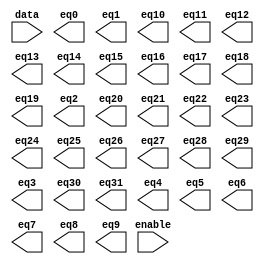
// megafunction wizard: %LPM_DECODE%VBB%
// GENERATION: STANDARD
// VERSION: WM1.0
// MODULE: LPM_DECODE 

// ============================================================
// Megafunction Name(s):
// 			LPM_DECODE
//
// Simulation Library Files(s):
// 			lpm
// ============================================================
// ************************************************************
// THIS IS A WIZARD-GENERATED FILE. DO NOT EDIT THIS FILE!
//
// 13.0.1 Build 232 06/12/2013 SP 1 SJ Web Edition
// ************************************************************

//Copyright (C) 1991-2013 Altera Corporation
//Your use of Altera Corporation's design tools, logic functions 
//and other software and tools, and its AMPP partner logic 
//functions, and any output files from any of the foregoing 
//(including device programming or simulation files), and any 
//associated documentation or information are expressly subject 
//to the terms and conditions of the Altera Program License 
//Subscription Agreement, Altera MegaCore Function License 
//Agreement, or other applicable license agreement, including, 
//without limitation, that your use is for the sole purpose of 
//programming logic devices manufactured by Altera and sold by 
//Altera or its authorized distributors.  Please refer to the 
//applicable agreement for further details.

module lpm_decode1 (
	data,
	enable,
	eq0,
	eq1,
	eq10,
	eq11,
	eq12,
	eq13,
	eq14,
	eq15,
	eq16,
	eq17,
	eq18,
	eq19,
	eq2,
	eq20,
	eq21,
	eq22,
	eq23,
	eq24,
	eq25,
	eq26,
	eq27,
	eq28,
	eq29,
	eq3,
	eq30,
	eq31,
	eq4,
	eq5,
	eq6,
	eq7,
	eq8,
	eq9);

	input	[4:0]  data;
	input	  enable;
	output	  eq0;
	output	  eq1;
	output	  eq10;
	output	  eq11;
	output	  eq12;
	output	  eq13;
	output	  eq14;
	output	  eq15;
	output	  eq16;
	output	  eq17;
	output	  eq18;
	output	  eq19;
	output	  eq2;
	output	  eq20;
	output	  eq21;
	output	  eq22;
	output	  eq23;
	output	  eq24;
	output	  eq25;
	output	  eq26;
	output	  eq27;
	output	  eq28;
	output	  eq29;
	output	  eq3;
	output	  eq30;
	output	  eq31;
	output	  eq4;
	output	  eq5;
	output	  eq6;
	output	  eq7;
	output	  eq8;
	output	  eq9;

endmodule

// ============================================================
// CNX file retrieval info
// ============================================================
// Retrieval info: PRIVATE: BaseDec NUMERIC "1"
// Retrieval info: PRIVATE: EnableInput NUMERIC "1"
// Retrieval info: PRIVATE: INTENDED_DEVICE_FAMILY STRING "Cyclone II"
// Retrieval info: PRIVATE: LPM_PIPELINE NUMERIC "0"
// Retrieval info: PRIVATE: Latency NUMERIC "0"
// Retrieval info: PRIVATE: SYNTH_WRAPPER_GEN_POSTFIX STRING "0"
// Retrieval info: PRIVATE: aclr NUMERIC "0"
// Retrieval info: PRIVATE: clken NUMERIC "0"
// Retrieval info: PRIVATE: eq0 NUMERIC "1"
// Retrieval info: PRIVATE: eq1 NUMERIC "1"
// Retrieval info: PRIVATE: eq10 NUMERIC "1"
// Retrieval info: PRIVATE: eq11 NUMERIC "1"
// Retrieval info: PRIVATE: eq12 NUMERIC "1"
// Retrieval info: PRIVATE: eq13 NUMERIC "1"
// Retrieval info: PRIVATE: eq14 NUMERIC "1"
// Retrieval info: PRIVATE: eq15 NUMERIC "1"
// Retrieval info: PRIVATE: eq16 NUMERIC "1"
// Retrieval info: PRIVATE: eq17 NUMERIC "1"
// Retrieval info: PRIVATE: eq18 NUMERIC "1"
// Retrieval info: PRIVATE: eq19 NUMERIC "1"
// Retrieval info: PRIVATE: eq2 NUMERIC "1"
// Retrieval info: PRIVATE: eq20 NUMERIC "1"
// Retrieval info: PRIVATE: eq21 NUMERIC "1"
// Retrieval info: PRIVATE: eq22 NUMERIC "1"
// Retrieval info: PRIVATE: eq23 NUMERIC "1"
// Retrieval info: PRIVATE: eq24 NUMERIC "1"
// Retrieval info: PRIVATE: eq25 NUMERIC "1"
// Retrieval info: PRIVATE: eq26 NUMERIC "1"
// Retrieval info: PRIVATE: eq27 NUMERIC "1"
// Retrieval info: PRIVATE: eq28 NUMERIC "1"
// Retrieval info: PRIVATE: eq29 NUMERIC "1"
// Retrieval info: PRIVATE: eq3 NUMERIC "1"
// Retrieval info: PRIVATE: eq30 NUMERIC "1"
// Retrieval info: PRIVATE: eq31 NUMERIC "1"
// Retrieval info: PRIVATE: eq4 NUMERIC "1"
// Retrieval info: PRIVATE: eq5 NUMERIC "1"
// Retrieval info: PRIVATE: eq6 NUMERIC "1"
// Retrieval info: PRIVATE: eq7 NUMERIC "1"
// Retrieval info: PRIVATE: eq8 NUMERIC "1"
// Retrieval info: PRIVATE: eq9 NUMERIC "1"
// Retrieval info: PRIVATE: nBit NUMERIC "5"
// Retrieval info: PRIVATE: new_diagram STRING "1"
// Retrieval info: LIBRARY: lpm lpm.lpm_components.all
// Retrieval info: CONSTANT: LPM_DECODES NUMERIC "32"
// Retrieval info: CONSTANT: LPM_TYPE STRING "LPM_DECODE"
// Retrieval info: CONSTANT: LPM_WIDTH NUMERIC "5"
// Retrieval info: USED_PORT: @eq 0 0 32 0 OUTPUT NODEFVAL "@eq[31..0]"
// Retrieval info: USED_PORT: data 0 0 5 0 INPUT NODEFVAL "data[4..0]"
// Retrieval info: USED_PORT: enable 0 0 0 0 INPUT NODEFVAL "enable"
// Retrieval info: USED_PORT: eq0 0 0 0 0 OUTPUT NODEFVAL "eq0"
// Retrieval info: USED_PORT: eq1 0 0 0 0 OUTPUT NODEFVAL "eq1"
// Retrieval info: USED_PORT: eq10 0 0 0 0 OUTPUT NODEFVAL "eq10"
// Retrieval info: USED_PORT: eq11 0 0 0 0 OUTPUT NODEFVAL "eq11"
// Retrieval info: USED_PORT: eq12 0 0 0 0 OUTPUT NODEFVAL "eq12"
// Retrieval info: USED_PORT: eq13 0 0 0 0 OUTPUT NODEFVAL "eq13"
// Retrieval info: USED_PORT: eq14 0 0 0 0 OUTPUT NODEFVAL "eq14"
// Retrieval info: USED_PORT: eq15 0 0 0 0 OUTPUT NODEFVAL "eq15"
// Retrieval info: USED_PORT: eq16 0 0 0 0 OUTPUT NODEFVAL "eq16"
// Retrieval info: USED_PORT: eq17 0 0 0 0 OUTPUT NODEFVAL "eq17"
// Retrieval info: USED_PORT: eq18 0 0 0 0 OUTPUT NODEFVAL "eq18"
// Retrieval info: USED_PORT: eq19 0 0 0 0 OUTPUT NODEFVAL "eq19"
// Retrieval info: USED_PORT: eq2 0 0 0 0 OUTPUT NODEFVAL "eq2"
// Retrieval info: USED_PORT: eq20 0 0 0 0 OUTPUT NODEFVAL "eq20"
// Retrieval info: USED_PORT: eq21 0 0 0 0 OUTPUT NODEFVAL "eq21"
// Retrieval info: USED_PORT: eq22 0 0 0 0 OUTPUT NODEFVAL "eq22"
// Retrieval info: USED_PORT: eq23 0 0 0 0 OUTPUT NODEFVAL "eq23"
// Retrieval info: USED_PORT: eq24 0 0 0 0 OUTPUT NODEFVAL "eq24"
// Retrieval info: USED_PORT: eq25 0 0 0 0 OUTPUT NODEFVAL "eq25"
// Retrieval info: USED_PORT: eq26 0 0 0 0 OUTPUT NODEFVAL "eq26"
// Retrieval info: USED_PORT: eq27 0 0 0 0 OUTPUT NODEFVAL "eq27"
// Retrieval info: USED_PORT: eq28 0 0 0 0 OUTPUT NODEFVAL "eq28"
// Retrieval info: USED_PORT: eq29 0 0 0 0 OUTPUT NODEFVAL "eq29"
// Retrieval info: USED_PORT: eq3 0 0 0 0 OUTPUT NODEFVAL "eq3"
// Retrieval info: USED_PORT: eq30 0 0 0 0 OUTPUT NODEFVAL "eq30"
// Retrieval info: USED_PORT: eq31 0 0 0 0 OUTPUT NODEFVAL "eq31"
// Retrieval info: USED_PORT: eq4 0 0 0 0 OUTPUT NODEFVAL "eq4"
// Retrieval info: USED_PORT: eq5 0 0 0 0 OUTPUT NODEFVAL "eq5"
// Retrieval info: USED_PORT: eq6 0 0 0 0 OUTPUT NODEFVAL "eq6"
// Retrieval info: USED_PORT: eq7 0 0 0 0 OUTPUT NODEFVAL "eq7"
// Retrieval info: USED_PORT: eq8 0 0 0 0 OUTPUT NODEFVAL "eq8"
// Retrieval info: USED_PORT: eq9 0 0 0 0 OUTPUT NODEFVAL "eq9"
// Retrieval info: CONNECT: @data 0 0 5 0 data 0 0 5 0
// Retrieval info: CONNECT: @enable 0 0 0 0 enable 0 0 0 0
// Retrieval info: CONNECT: eq0 0 0 0 0 @eq 0 0 1 0
// Retrieval info: CONNECT: eq1 0 0 0 0 @eq 0 0 1 1
// Retrieval info: CONNECT: eq10 0 0 0 0 @eq 0 0 1 10
// Retrieval info: CONNECT: eq11 0 0 0 0 @eq 0 0 1 11
// Retrieval info: CONNECT: eq12 0 0 0 0 @eq 0 0 1 12
// Retrieval info: CONNECT: eq13 0 0 0 0 @eq 0 0 1 13
// Retrieval info: CONNECT: eq14 0 0 0 0 @eq 0 0 1 14
// Retrieval info: CONNECT: eq15 0 0 0 0 @eq 0 0 1 15
// Retrieval info: CONNECT: eq16 0 0 0 0 @eq 0 0 1 16
// Retrieval info: CONNECT: eq17 0 0 0 0 @eq 0 0 1 17
// Retrieval info: CONNECT: eq18 0 0 0 0 @eq 0 0 1 18
// Retrieval info: CONNECT: eq19 0 0 0 0 @eq 0 0 1 19
// Retrieval info: CONNECT: eq2 0 0 0 0 @eq 0 0 1 2
// Retrieval info: CONNECT: eq20 0 0 0 0 @eq 0 0 1 20
// Retrieval info: CONNECT: eq21 0 0 0 0 @eq 0 0 1 21
// Retrieval info: CONNECT: eq22 0 0 0 0 @eq 0 0 1 22
// Retrieval info: CONNECT: eq23 0 0 0 0 @eq 0 0 1 23
// Retrieval info: CONNECT: eq24 0 0 0 0 @eq 0 0 1 24
// Retrieval info: CONNECT: eq25 0 0 0 0 @eq 0 0 1 25
// Retrieval info: CONNECT: eq26 0 0 0 0 @eq 0 0 1 26
// Retrieval info: CONNECT: eq27 0 0 0 0 @eq 0 0 1 27
// Retrieval info: CONNECT: eq28 0 0 0 0 @eq 0 0 1 28
// Retrieval info: CONNECT: eq29 0 0 0 0 @eq 0 0 1 29
// Retrieval info: CONNECT: eq3 0 0 0 0 @eq 0 0 1 3
// Retrieval info: CONNECT: eq30 0 0 0 0 @eq 0 0 1 30
// Retrieval info: CONNECT: eq31 0 0 0 0 @eq 0 0 1 31
// Retrieval info: CONNECT: eq4 0 0 0 0 @eq 0 0 1 4
// Retrieval info: CONNECT: eq5 0 0 0 0 @eq 0 0 1 5
// Retrieval info: CONNECT: eq6 0 0 0 0 @eq 0 0 1 6
// Retrieval info: CONNECT: eq7 0 0 0 0 @eq 0 0 1 7
// Retrieval info: CONNECT: eq8 0 0 0 0 @eq 0 0 1 8
// Retrieval info: CONNECT: eq9 0 0 0 0 @eq 0 0 1 9
// Retrieval info: GEN_FILE: TYPE_NORMAL lpm_decode1.v TRUE
// Retrieval info: GEN_FILE: TYPE_NORMAL lpm_decode1.inc FALSE
// Retrieval info: GEN_FILE: TYPE_NORMAL lpm_decode1.cmp FALSE
// Retrieval info: GEN_FILE: TYPE_NORMAL lpm_decode1.bsf TRUE FALSE
// Retrieval info: GEN_FILE: TYPE_NORMAL lpm_decode1_inst.v FALSE
// Retrieval info: GEN_FILE: TYPE_NORMAL lpm_decode1_bb.v TRUE
// Retrieval info: LIB_FILE: lpm